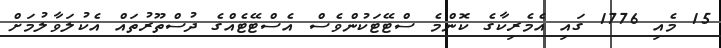
15 މެއި 1776 ގައި އެމެރިކާގެ ކޮންމެ ސްޓޭޓަކުންވެސް އެސްޓޭޓެއްގެ ދުސްތޫރުތައް އެކުލަވާލުމަށް